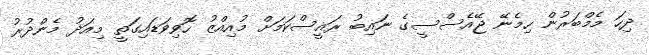
ދިހަ މެމްބަރުން ހިމެނޭ ޖޭއެސްސީގެ ނައިބު ރައީސްކަމަށް މުއިއްޒު ހޮވިވަޑައިގަތީ މިއަދު މެންދުރު